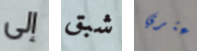
إلى شبق أعثري